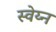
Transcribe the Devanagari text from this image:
स्वेय्न